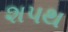
શપથ